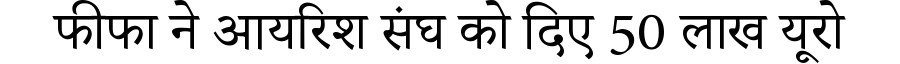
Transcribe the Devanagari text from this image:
फीफा ने आयरिश संघ को दिए 50 लाख यूरो